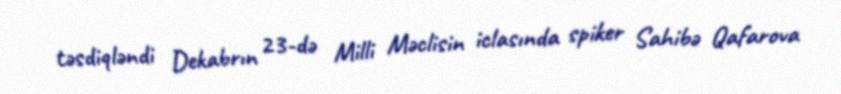
təsdiqləndi Dekabrın 23-də Milli Məclisin iclasında spiker Sahibə Qafarova